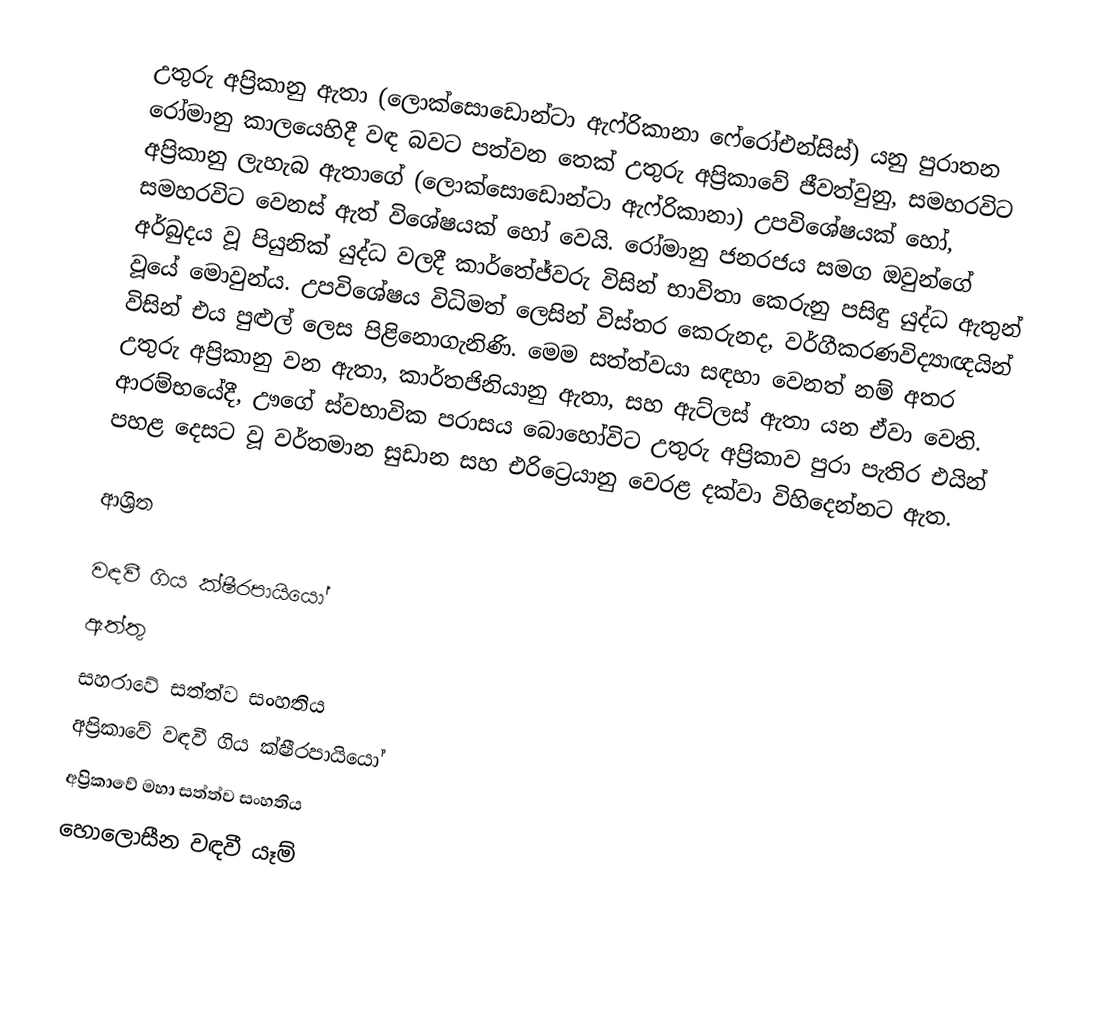
උතුරු අප්‍රිකානු ඇතා (ලොක්සොඩොන්ටා ඇෆ්රිකානා ෆේරෝඑන්සිස්) යනු පුරාතන රෝමානු කාලයෙහිදී වඳ බවට පත්වන තෙක් උතුරු අප්‍රිකාවේ ජීවත්වුනු, සමහරවිට අප්‍රිකානු ලැහැබ ඇතාගේ (ලොක්සොඩොන්ටා ඇෆ්රිකානා) උපවිශේෂයක් හෝ, සමහරවිට වෙනස් ඇත් විශේෂයක් හෝ වෙයි. රෝමානු ජනරජය සමග ඔවුන්ගේ අර්බුදය වූ පියුනික් යුද්ධ වලදී කාර්තේජ්වරු විසින් භාවිතා කෙරුනු පසිඳු යුද්ධ ඇතුන් වූයේ මොවුන්ය. උපවිශේෂය විධිමත් ලෙසින් විස්තර කෙරුනද, වර්ගීකරණවිද්‍යාඥයින් විසින් එය පුළුල් ලෙස පිළිනොගැනිණි. මෙම සත්ත්වයා සඳහා වෙනත් නම් අතර උතුරු අප්‍රිකානු වන ඇතා, කාර්තජිනියානු ඇතා, සහ ඇට්ලස් ඇතා යන ඒවා වෙති.  ආරම්භයේදී, ඌගේ ස්වභාවික පරාසය බොහෝවිට උතුරු අප්‍රිකාව පුරා පැතිර එයින් පහළ දෙසට වූ  වර්තමාන සුඩාන සහ එරිට්‍රෙයානු වෙරළ දක්වා විහිදෙන්නට ඇත.

ආශ්‍රිත

වඳවී ගිය ක්ෂීරපායියෝ
ඇත්තු
සහරාවේ සත්ත්ව සංහතිය
අප්‍රිකාවේ වඳවී ගිය ක්ෂීරපායියෝ
අප්‍රිකාවේ මහා සත්ත්ව සංහතිය
හොලොසීන වඳවී යෑම්